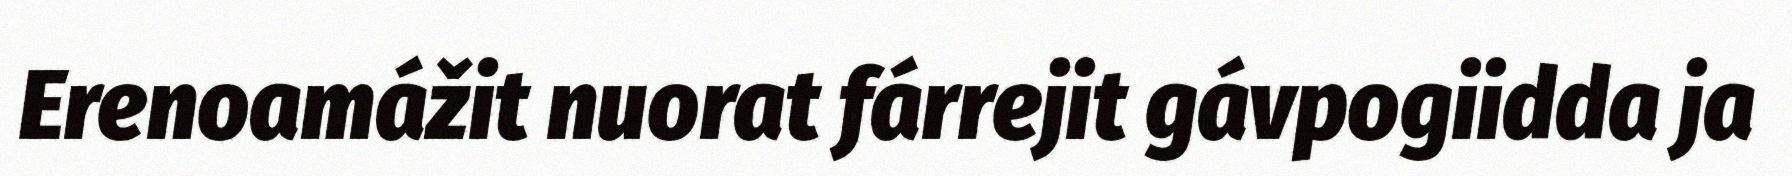
Erenoamážit nuorat fárrejit gávpogiidda ja